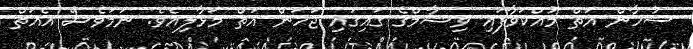
ސުހާން އަތް މުއްކަވާފައި ވިޝާމްގެ ގައިގައި ޖަހަން އަތް މަޅާލިއެވެ. ނަމަވެސް އެއަތް